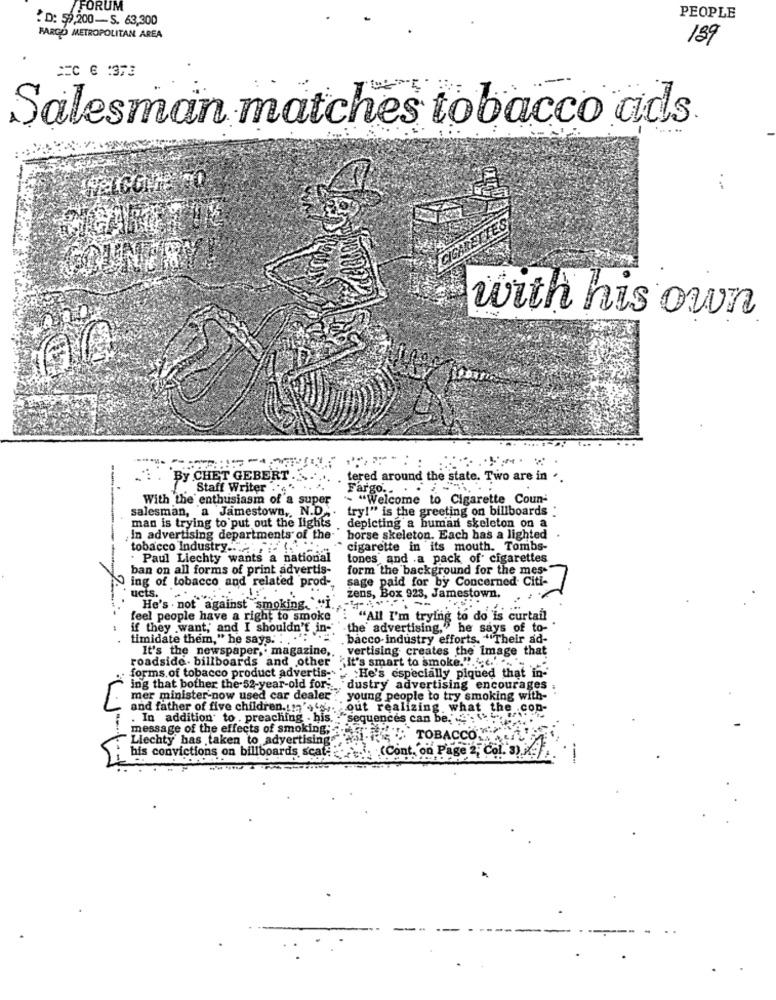
/FORUM
:D: 59,200-S. 63,300
PEOPLE
FARGO METROPOLITAN AREA
189
== C 6 :373
Salesman matches tobacco ads
.... ..
WELCOME TO
FOUNFRY!
with his own
-By CHET GEBERT . .....
tered around the state. Two are in ..
Staff Writer ... ". .. ..
Fargo .. . .
With the enthusiasm of a super
- "Welcome to Cigarette Coun-
salesman, a Jamestown ,, N.D .. try!" is the greeting on billboards
man is trying to put out the lights
depicting a human skeleton on a
In advertising departments of the horse skeleton. Each has a lighted
tobacco Industry .. ...
cigarette in its mouth. Tombs-
. Paul Liechty wants a national
tones and .a pack of cigarettes
ban on all forms of print advertis-
form the background for the mes-"
ing of tobacco and related prod-
sage paid for by Concerned Citi-
ucts. ..
żens, Box 923, Jamestown,
He's not against smoking.""I.
feel people have a right to smoke
"All I'm trying to do is curtanl
if they want, and I shouldn't in-
the advertising,"he says of to-
timidate them," he says. . . ..
. bacco-industry efforts. "Their ad-
It's the newspaper ,. magazine,
vertising creates the image that
roadside. billboards and other "It's smart to smoke."""""
forms of tobacco product advertis- " He's especially piqued that in-
ing that bother the-52-year-old for. dustry advertising encourages .
mer minister-now used car dealer"
young people to try smoking with-
and father of five children.11'4kg
out realizing what the con-
. In addition to . preaching . his.
"sequences can be. . .
message of the effects of smoking;
Liechty has taken to advertising"
THE TOBACCO
his convictions on billboards scat-
(Cont. on Page 2, Col. 3).